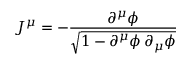
J ^ { \mu } = - \frac { \partial ^ { \mu } \phi } { \sqrt { 1 - \partial ^ { \mu } \phi \, \partial _ { \mu } \phi } }